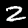
Label: 2